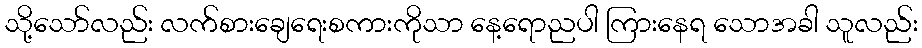
သို့သော်လည်း လက်စားချေရေးစကားကိုသာ နေ့ရောညပါ ကြားနေရ သောအခါ သူလည်း